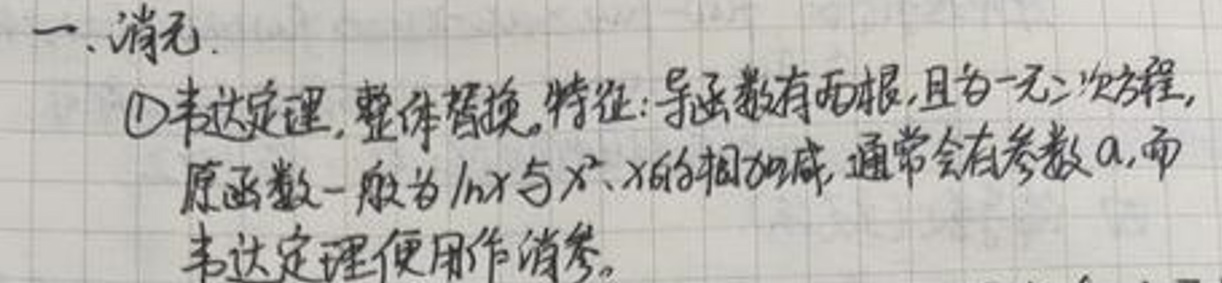
一、消元
$\textcircled{1}$韦达定理，整体替换。特征：导函数有两根，且为一元二次方程，原函数一般为\(\ln x\)与\(x^{2}\)、\(x\)的相加减，通常会有参数\(a\)，而韦达定理便用作消参。